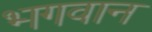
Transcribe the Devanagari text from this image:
भ्‍ागवान